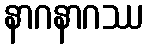
နာဂနာဂဿ